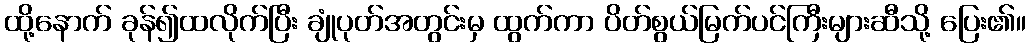
ထို့နောက် ခုန်၍ထလိုက်ပြီး ချုံပုတ်အတွင်းမှ ထွက်ကာ ပိတ်စွယ်မြက်ပင်ကြီးများဆီသို့ ပြေး၏။